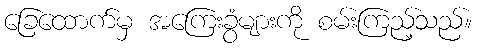
ခြေထောက်မှ အကြေးခွံများကို စမ်းကြည့်သည်။